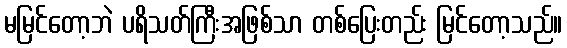
မမြင်တော့ဘဲ ပရိသတ်ကြီးအဖြစ်သာ တစ်ပြေးတည်း မြင်တော့သည်။